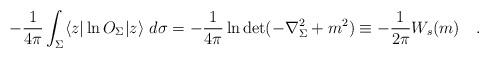
LaTeX: \begin{align*}-{1 \over 4\pi} \int_{\Sigma}\langle z|\ln O_{\Sigma}|z \rangle ~d\sigma=-{1 \over 4\pi} \ln \det(-\nabla^2_{\Sigma}+m^2)\equiv -{1 \over 2\pi} W_s(m)~~~.\end{align*}